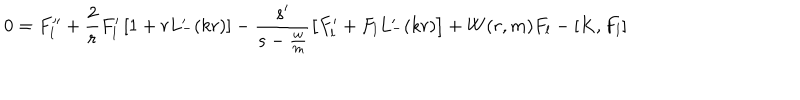
0 = F _ { l } ^ { \prime \prime } + \frac { 2 } { r } F _ { l } ^ { \prime } \left[ 1 + r L _ { - } ^ { \prime } ( k r ) \right] - \frac { s ^ { \prime } } { s - \frac { \omega } { m } } \left[ F _ { l } ^ { \prime } + F _ { l } L _ { - } ^ { \prime } ( k r ) \right] + W ( r , m ) F _ { l } - \left[ K , F _ { l } \right]